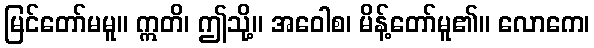
မြင်တော်မမူ။ ဣတိ၊ ဤသို့။ အဝေါစ၊ မိန့်တော်မူ၏။ လောကေ၊